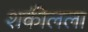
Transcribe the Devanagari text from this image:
शकीलला